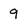
Character: 9